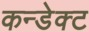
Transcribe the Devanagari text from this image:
कन्डेक्ट